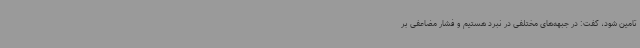
تامین شود، گفت: در جبهه‌های مختلفی در نبرد هستیم و فشار مضاعفی بر